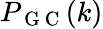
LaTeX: P_{\mathrm{~G~C~}}(k)